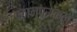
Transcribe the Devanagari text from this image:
पठानपुराकल